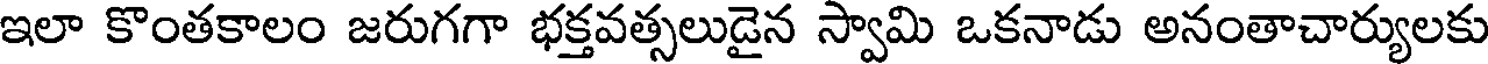
ఇలా కొంతకాలం జరుగగా భక్తవత్సలుడైన స్వామి ఒకనాడు అనంతాచార్యులకు